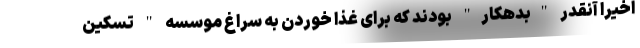
اخیرا آنقدر "بدهکار" بودند که برای غذا خوردن به سراغ موسسه " تسکین